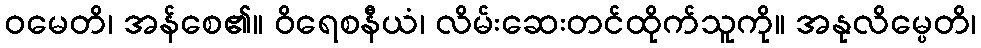
ဝမေတိ၊ အန်စေ၏။ ဝိရေစနီယံ၊ လိမ်းဆေးတင်ထိုက်သူကို။ အနုလိမ္ပေတိ၊